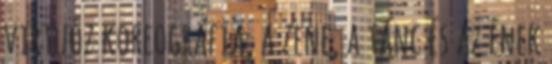
virtuóz koreográfia, a zene, a tánc és az ének